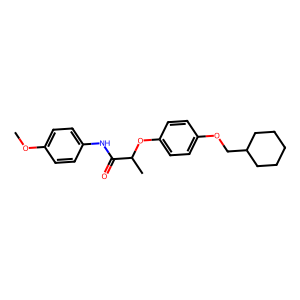
SMILES: COc1ccc(NC(=O)C(C)Oc2ccc(OCC3CCCCC3)cc2)cc1
Inhibits HIV replication: No